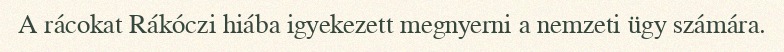
A rácokat Rákóczi hiába igyekezett megnyerni a nemzeti ügy számára.